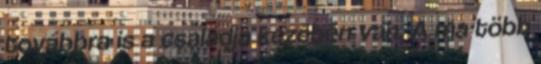
továbbra is a családja kezében van. A ma több